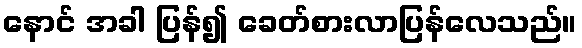
နောင် အခါ ပြန်၍ ခေတ်စားလာပြန်လေသည်။